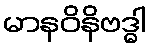
မာနဝိနိဗဒ္ဓါ